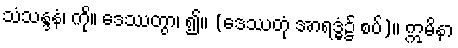
သံသန္ဒနံ၊ ကို။ ဒေဿတွာ၊ ၍။ (ဒေဿတုံ အာရဒ္ဓံ၌ စပ်)။ ဣမိနာ